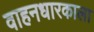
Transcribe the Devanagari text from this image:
वाहनधारकाला